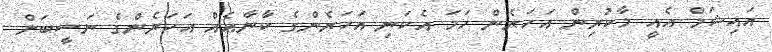
އައިޝަމް އެއީ މާކުރިން އަހަރެން ހަމަ އެކަނި އަހަރެންގެ ކާނާއެއް އަހަރެންގެ ނަސީބަށް